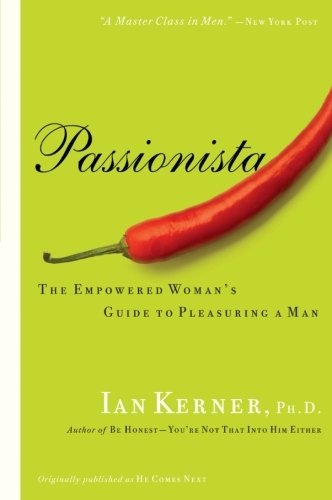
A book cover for Passionista: The Empowered Woman's Guide to Pleasuring a Man (Kerner); Ian Kerner; Self-Help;